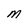
Character: M